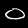
Digit: 0